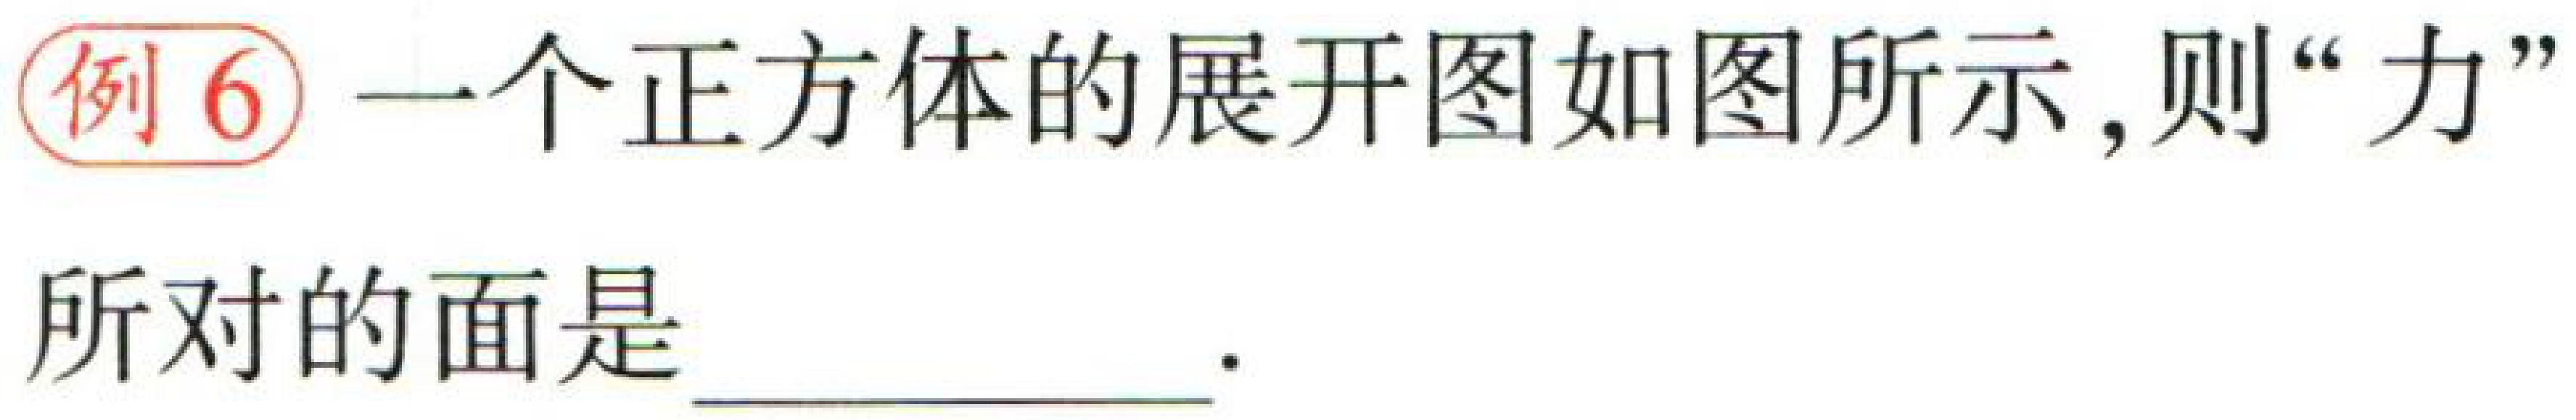
例6 一个正方体的展开图如图所示，则“力”所对的面是____.